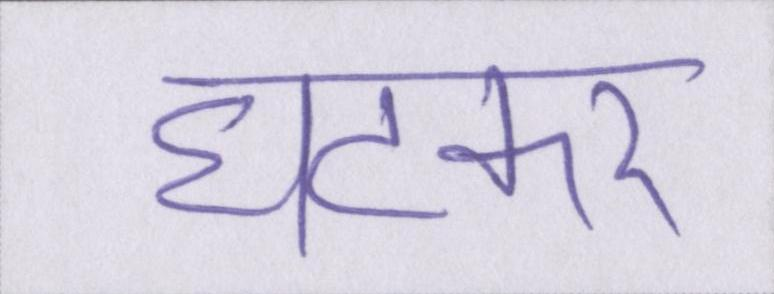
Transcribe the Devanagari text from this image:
घटकर